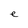
Character: e